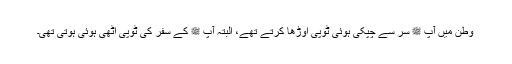
وطن میں آپ ﷺ سر سے چپکی ہوئی ٹوپی اوڑھا کرتے تھے، البتہ آپ ﷺ کے سفر کی ٹوپی اٹھی ہوئی ہوتی تھی۔